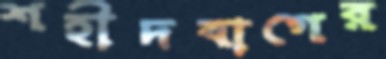
শহীদবাগের